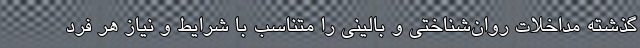
گذشته مداخلات روان‌شناختی و بالینی را متناسب با شرایط و نیاز هر فرد